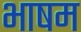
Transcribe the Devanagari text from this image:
भाषम